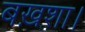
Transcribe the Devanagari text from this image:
बख़शा।